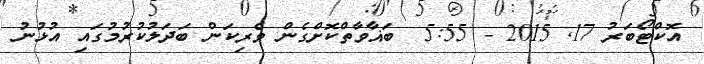
އޮކްޓޯބަރު 17